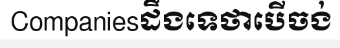
Companiesដឹងទេថាបើចង់